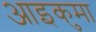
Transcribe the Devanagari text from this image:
आइकुमा